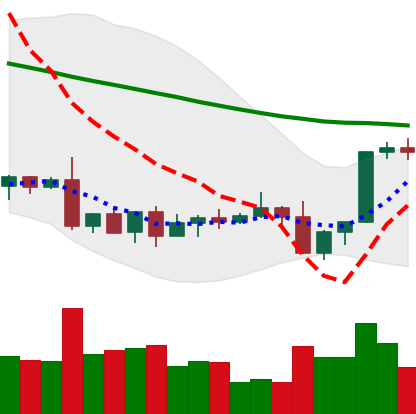
Ticker: XLM-USD
Chart end date: 2022-09-11
Forward return: -6.305%
Label: down_5_7